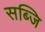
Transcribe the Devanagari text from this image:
सब्जि